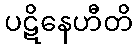
ပဋိနေဟီတိ